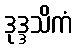
ဒုဒ္ဒသိကံ